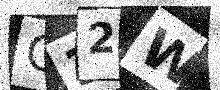
Text: Q32W